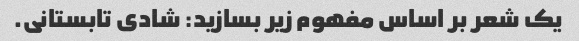
یک شعر بر اساس مفهوم زیر بسازید: شادی تابستانی.